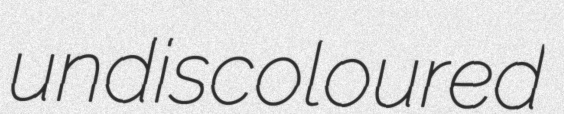
undiscoloured